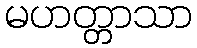
မဟတ္တာသာ